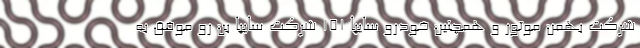
شرکت بهمن موتور و همچنین خودرو سایپا ۱۵۱ شرکت سایپا بن رو موفق به